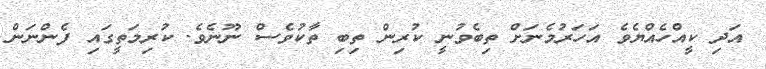
އަދި ކީއްހެއްޔެވެ އަހަރުމެނަށް ތިބެވުނީ ކުރިން ތިބި ތާކުވެސް ނޫނެވެ. ކުރިމަތީގައި ފެންނަން